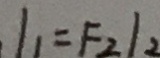
l _ { 1 } = F _ { 2 } \vert _ { 2 }